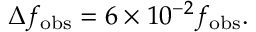
\Delta f _ { \mathrm { o b s } } = 6 \times 1 0 ^ { - 2 } f _ { \mathrm { o b s } } .